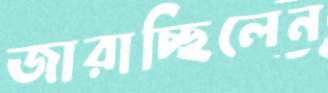
জারাচ্ছিলেন